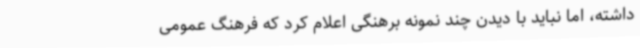
داشته، اما نباید با دیدن چند نمونه برهنگی اعلام کرد که فرهنگ عمومی